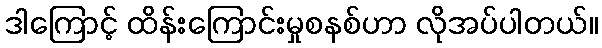
ဒါကြောင့် ထိန်းကြောင်းမှုစနစ်ဟာ လိုအပ်ပါတယ်။